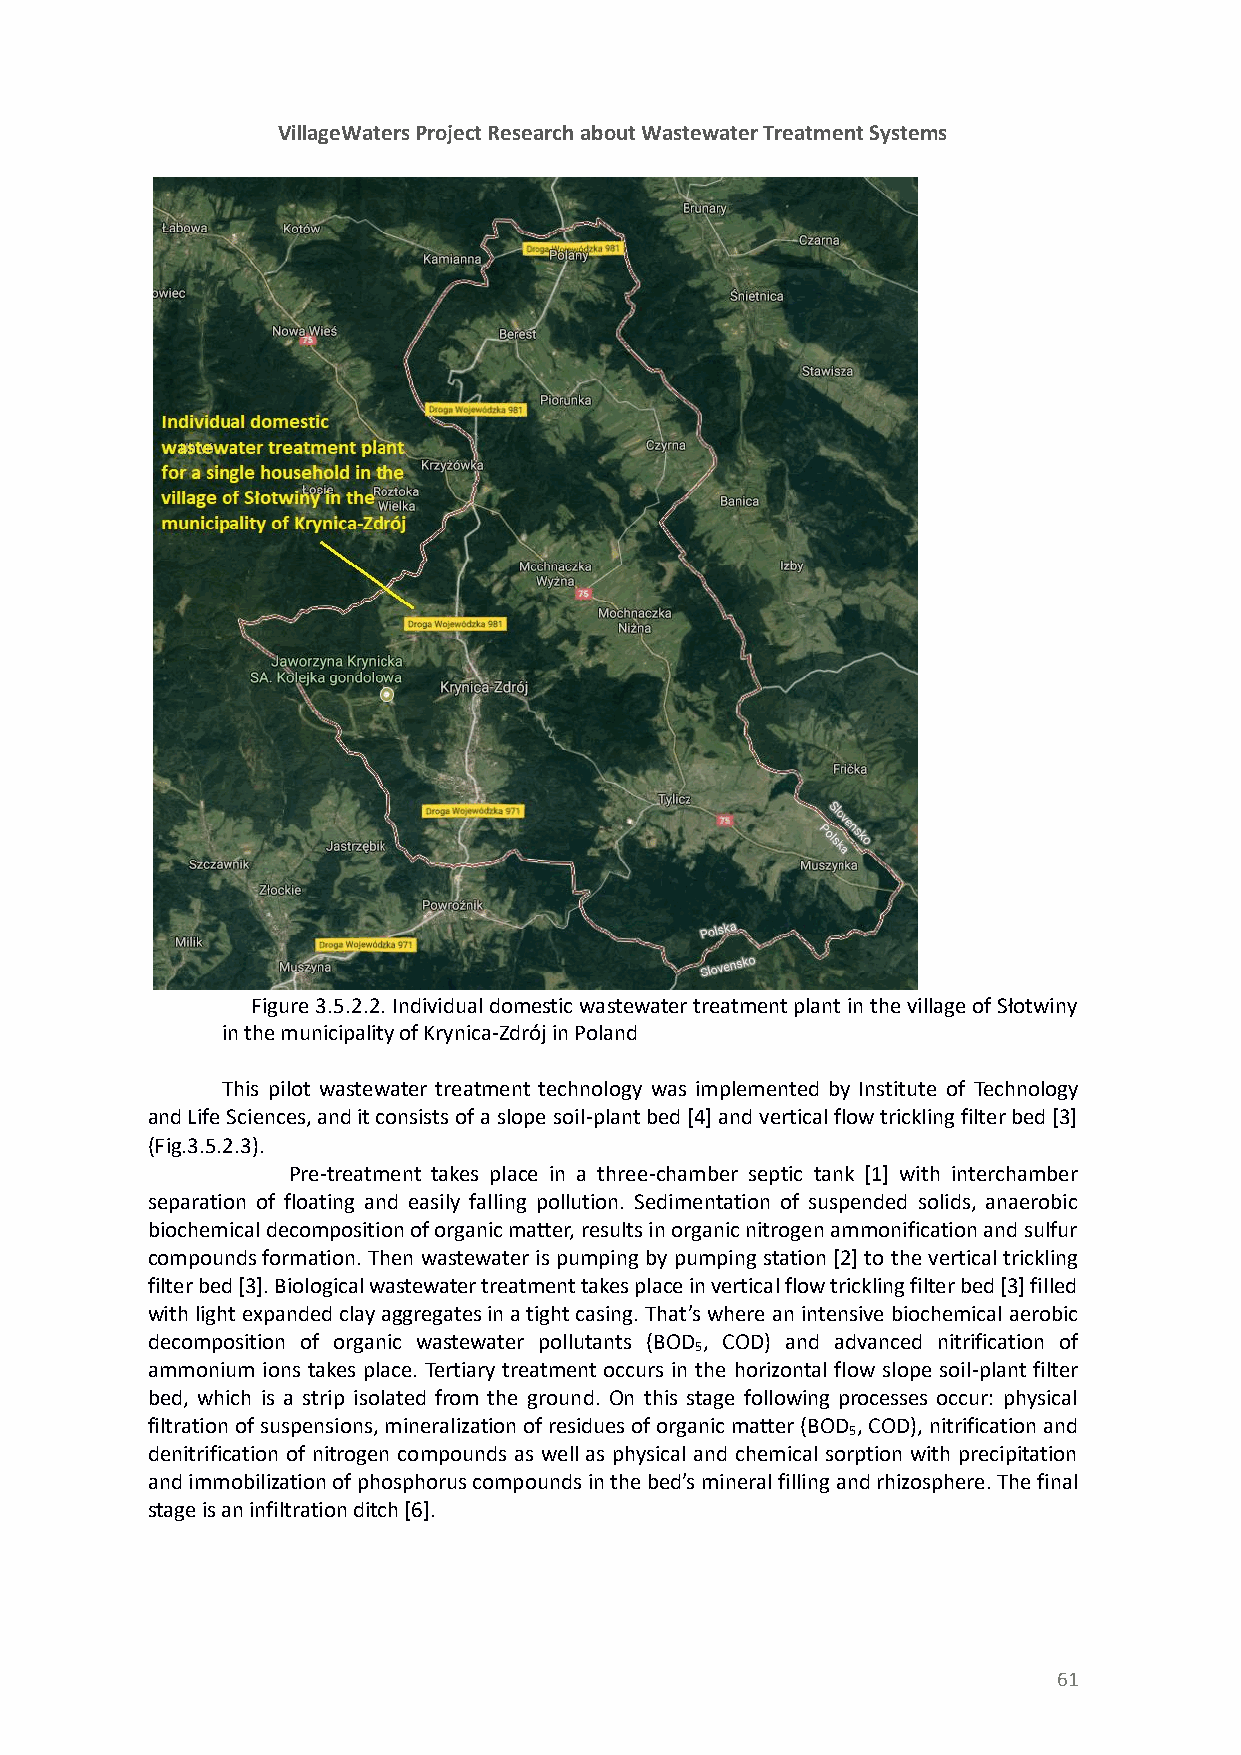
VillageWaters Project Research about Wastewater Treatment Systems
 Figure 3.5.2.2. Individual domestic wastewater treatment plant in the village of Słotwiny
 in the municipality of Krynica-Zdrój in Poland
 This pilot wastewater treatment technology was implemented by Institute of Technology
 and Life Sciences, and it consists of a slope soil-plant bed [4] and vertical flow trickling filter bed [3]
 (Fig.3.5.2.3).
 Pre-treatment takes place in a three-chamber septic tank [1] with interchamber
 separation of floating and easily falling pollution. Sedimentation of suspended solids, anaerobic
 biochemical decomposition of organic matter, results in organic nitrogen ammonification and sulfur
 compounds formation. Then wastewater is pumping by pumping station [2] to the vertical trickling
 filter bed [3]. Biological wastewater treatment takes place in vertical flow trickling filter bed [3] filled
 with light expanded clay aggregates in a tight casing. That’s where an intensive biochemical aerobic
 decomposition of organic wastewater pollutants (BOD , COD) and advanced nitrification of
 5
 ammonium ions takes place. Tertiary treatment occurs in the horizontal flow slope soil-plant filter
 bed, which is a strip isolated from the ground. On this stage following processes occur: physical
 filtration of suspensions, mineralization of residues of organic matter (BOD , COD), nitrification and
 5
 denitrification of nitrogen compounds as well as physical and chemical sorption with precipitation
 and immobilization of phosphorus compounds in the bed’s mineral filling and rhizosphere. The final
 stage is an infiltration ditch [6].
 61